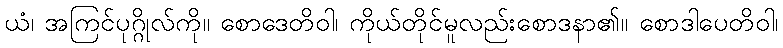
ယံ၊ အကြင်ပုဂ္ဂိုလ်ကို။ စောဒေတိဝါ၊ ကိုယ်တိုင်မူလည်းစောဒနာ၏။ စောဒါပေတိဝါ၊